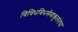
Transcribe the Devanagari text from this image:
विविधविधसेवाकुलतया